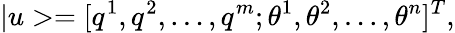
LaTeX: |u>=[q^{1},q^{2},\dots,q^{m};\theta^{1},\theta^{2},\dots,\theta^{n}]^{T},